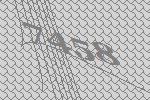
7458